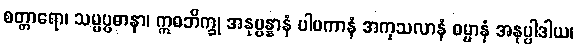
စတ္တာရော၊ သမ္မပ္ပဓာနာ၊ ဣဓဘိက္ခု အနုပ္ပန္နာနံ ပါပကာနံ အကုသလာနံ ဓမ္မာနံ အနုပ္ပါဒါယ၊